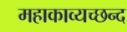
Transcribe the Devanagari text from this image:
महाकाव्यच्छन्द